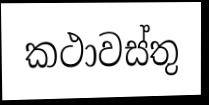
කථාවස්තු